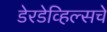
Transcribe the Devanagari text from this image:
डेरडेव्हिल्सचे